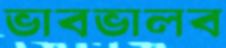
ভাবভালব